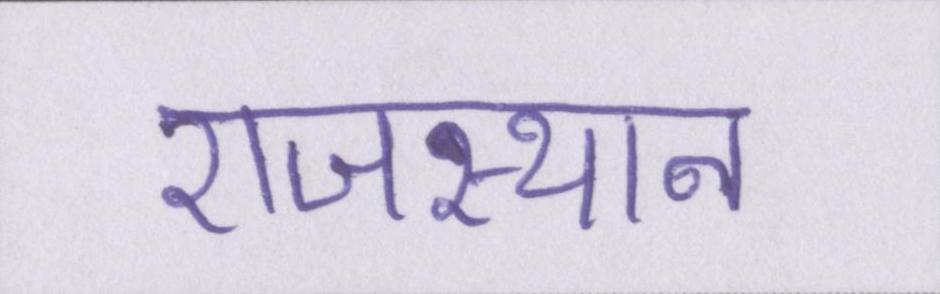
राजस्थान